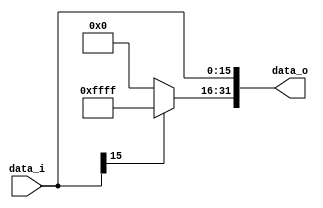
module Sign_Extend( data_i, data_o );

//I/O ports
input	[16-1:0] data_i;
output	[32-1:0] data_o;

//Internal Signals
wire	[32-1:0] data_o;

//Sign extended
wire [15:0] pos;
wire [15:0] neg;
assign pos=0;
assign neg=16'b1111111111111111;
assign data_o[15:0]=data_i[15:0];
assign data_o[31:16]=(data_i[15])?neg[15:0]:pos[15:0];

endmodule